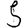
Digit: 5